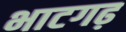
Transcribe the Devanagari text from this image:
भाटगढ़